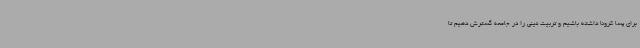
برای پسا کرونا داشته باشیم و تربیت دینی را در جامعه گسترش دهیم تا